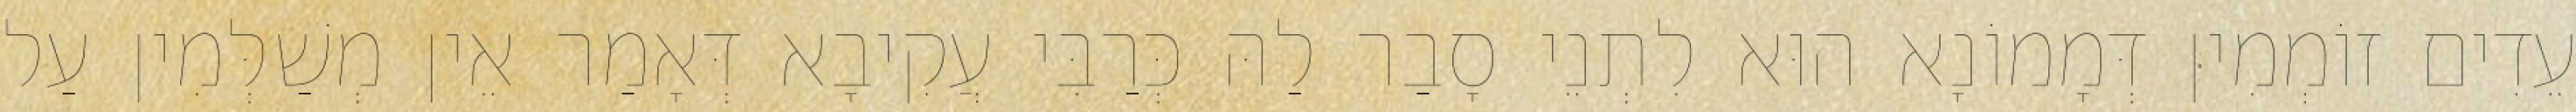
עֵדִים זוֹמְמִין דְּמָמוֹנָא הוּא לִתְנֵי סָבַר לַהּ כְּרַבִּי עֲקִיבָא דְּאָמַר אֵין מְשַׁלְּמִין עַל